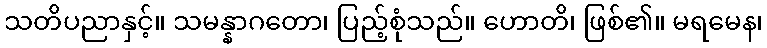
သတိပညာနှင့်။ သမန္နာဂတော၊ ပြည့်စုံသည်။ ဟောတိ၊ ဖြစ်၏။ မရမေန၊